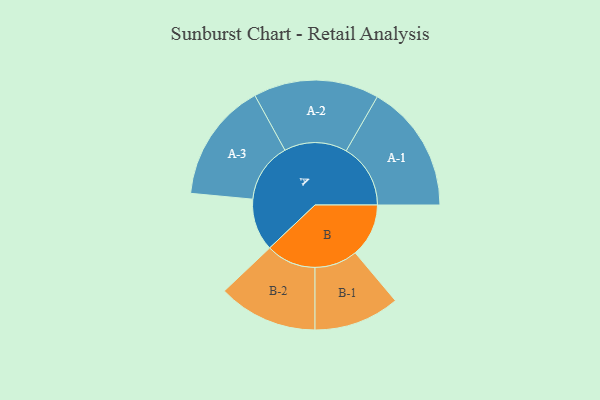
{"axis": {"x": "Segment", "y": "Value"}, "legend": ["", "A", "B"], "data": [{"x": "A", "y": 173, "type": ""}, {"x": "B", "y": 177, "type": ""}, {"x": "A-1", "y": 213, "type": "A"}, {"x": "A-2", "y": 208, "type": "A"}, {"x": "A-3", "y": 198, "type": "A"}, {"x": "B-1", "y": 142, "type": "B"}, {"x": "B-2", "y": 165, "type": "B"}]}